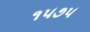
૧૫૭૫